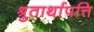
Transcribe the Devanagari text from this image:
श्रुतार्थापत्ति